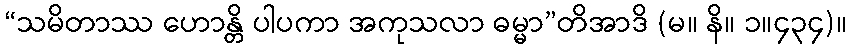
“သမိတာဿ ဟောန္တိ ပါပကာ အကုသလာ ဓမ္မာ”တိအာဒိ (မ။ နိ။ ၁။၄၃၄)။